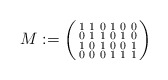
\begin{align*} M := \left(\begin{smallmatrix} 1 & 1 & 0 & 1 & 0 & 0 \\ 0 & 1 & 1 & 0 & 1 & 0 \\ 1 & 0 & 1 & 0 & 0 & 1 \\ 0 & 0 & 0 & 1 & 1 & 1 \end{smallmatrix}\right)\end{align*}